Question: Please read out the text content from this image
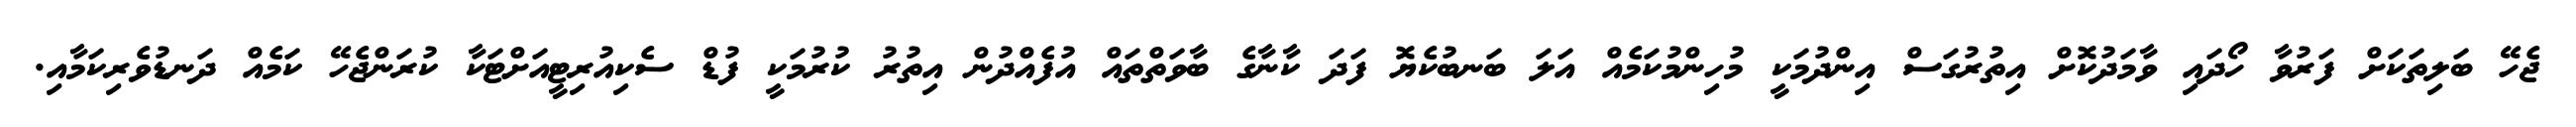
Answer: ޖެހޭ ބަލިތަކަށް ފަރުވާ ހޯދައި ވާމަދުކޮށް އިތުރުގަސް އިންދުމަކީ މުހިންމުކަމެއް އަލަ ބަނބުކެޔޮ ފަދަ ކާނާގެ ބާވަތްތައް އުފެއްދުން އިތުރު ކުރުމަކީ ފުޑް ސެކިއުރިޓީއަށްޓަކާ ކުރަންޖެހޭ ކަމެއް ދަނޑުވެރިކަމާއި.